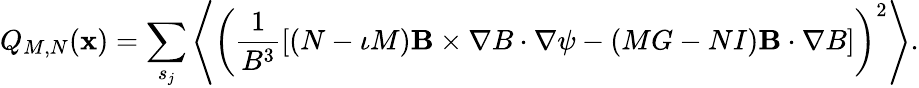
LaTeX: Q_{M,N}(\mathbf{x})=\sum_{s_{j}}\left\langle\left(\frac{1}{B^{3}}[(N-\iota M)\mathbf{B}\times\nabla B\cdot\nabla\psi-(MG-NI)\mathbf{B}\cdot\nabla B]\right)^{2}\right\rangle.